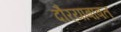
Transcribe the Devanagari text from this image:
दौर्‍याबाबत